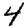
Digit: 4